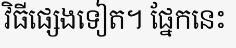
វិធីផ្សេងទៀត។ ផ្នែកនេះ